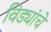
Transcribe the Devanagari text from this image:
विड्यांचे